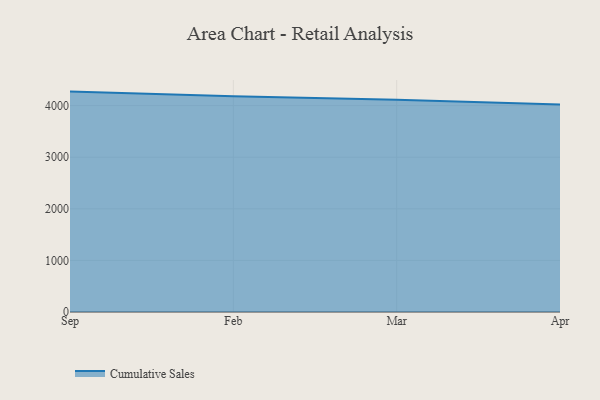
{"axis": {"x": "Month", "y": "Demand Index"}, "legend": ["Cumulative Sales"], "data": [{"x": "Sep", "y": 4271.4, "type": "Cumulative Sales"}, {"x": "Feb", "y": 4179.7, "type": "Cumulative Sales"}, {"x": "Mar", "y": 4114.4, "type": "Cumulative Sales"}, {"x": "Apr", "y": 4021.3, "type": "Cumulative Sales"}]}